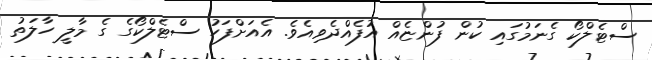
ސްޓެލްކޯ ގެނަމުގައި ކުން ފުންޏެއް އުފެއްދެވިއެވެ. އެއަށްފަހު ސްޓެލްކޯގެ ގެ މާލީ ހާލަތު